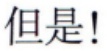
但是!